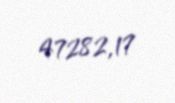
47282,17